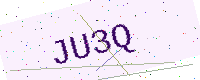
Text: JU3Q